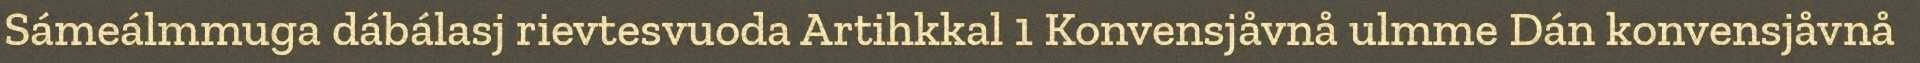
Sámeálmmuga dábálasj rievtesvuoda Artihkkal 1 Konvensjåvnå ulmme Dán konvensjåvnå